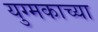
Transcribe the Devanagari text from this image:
युग्मकाच्या